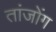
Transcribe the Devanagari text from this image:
तांजोंग